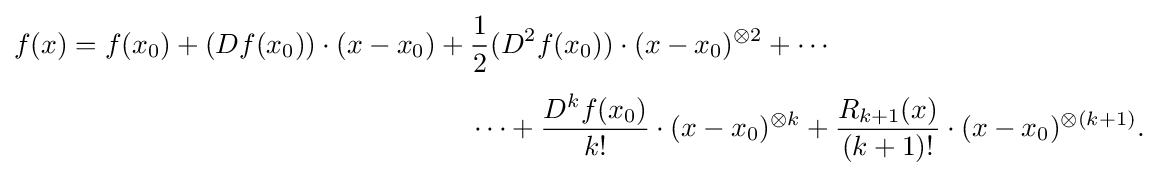
{\begin{aligned}f(x)=f(x_{0})+(Df(x_{0}))\cdot (x-x_{0})+{}&{\frac {1}{2}}(D^{2}f(x_{0}))\cdot (x-x_{0})^{\otimes 2}+\cdots \\[4pt]&\cdots +{\frac {D^{k}f(x_{0})}{k!}}\cdot (x-x_{0})^{\otimes k}+{\frac {R_{k+1}(x)}{(k+1)!}}\cdot (x-x_{0})^{\otimes (k+1)}.\end{aligned}}